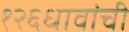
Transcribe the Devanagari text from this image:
१२६धावांची